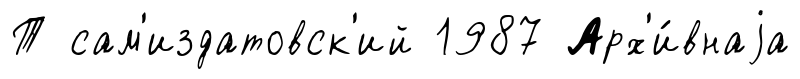
Т сам'издатовск'ий 1987 Арх'и́внаjа